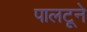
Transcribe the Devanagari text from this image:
पालटूने